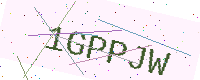
Text: 1GPPJW